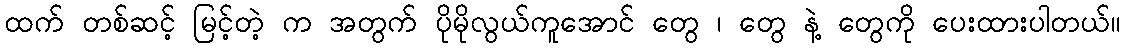
ထက် တစ်ဆင့် မြင့်တဲ့ က အတွက် ပိုမိုလွယ်ကူအောင် တွေ ၊ တွေ နဲ့ တွေကို ပေးထားပါတယ်။